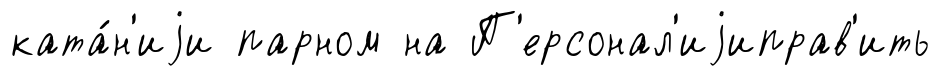
ката́н'иjи парном на П'ерсонал'иjиправ'ить